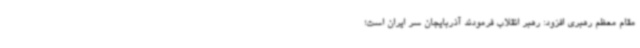
مقام معظم رهبری افزود: رهبر انقلاب فرمودند آذربایجان سر ایران است؛